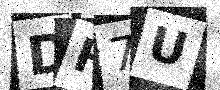
Text: DH7U